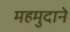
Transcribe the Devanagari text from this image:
महमुदाने